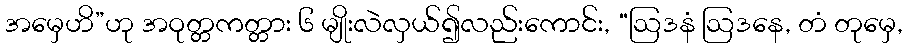
အမှေဟိ”ဟု အဝုတ္တကတ္တား ၆ မျိုးလဲလှယ်၍လည်းကောင်း, “ဩဒနံ ဩဒနေ, တံ တုမှေ,